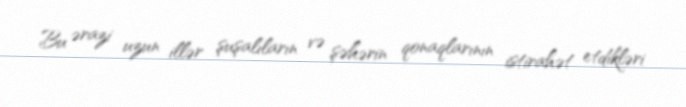
Bu ərazi uzun illər şuşalıların və şəhərin qonaqlarının istirahət etdikləri